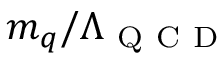
m _ { q } / \Lambda _ { \mathrm { ~ Q ~ C ~ D ~ } }